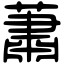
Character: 蕭